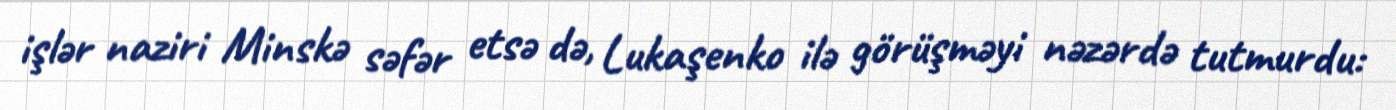
işlər naziri Minskə səfər etsə də, Lukaşenko ilə görüşməyi nəzərdə tutmurdu: